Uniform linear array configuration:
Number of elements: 12
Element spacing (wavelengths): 0.25
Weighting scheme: cosine
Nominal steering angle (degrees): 45
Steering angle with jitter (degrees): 45.565
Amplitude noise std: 0.05
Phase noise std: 0.05

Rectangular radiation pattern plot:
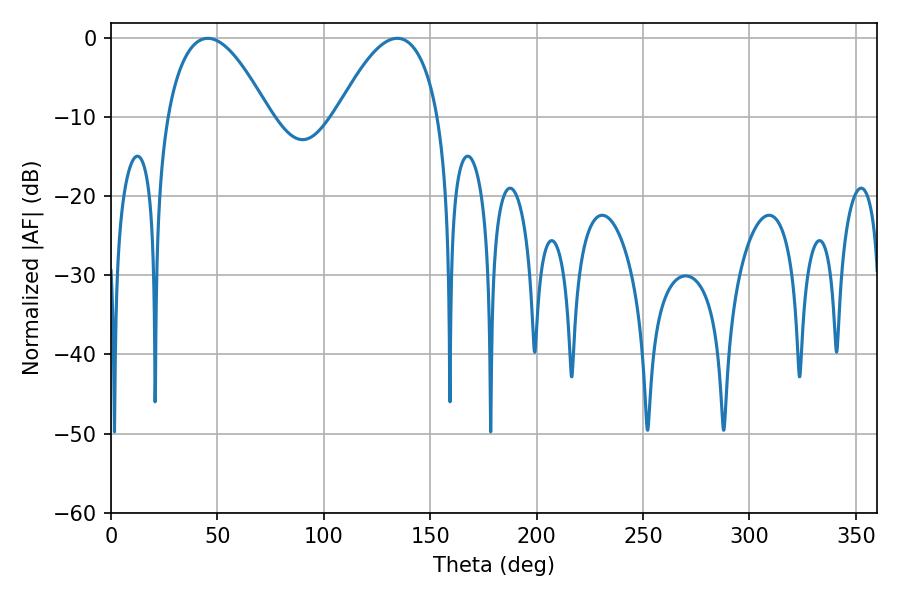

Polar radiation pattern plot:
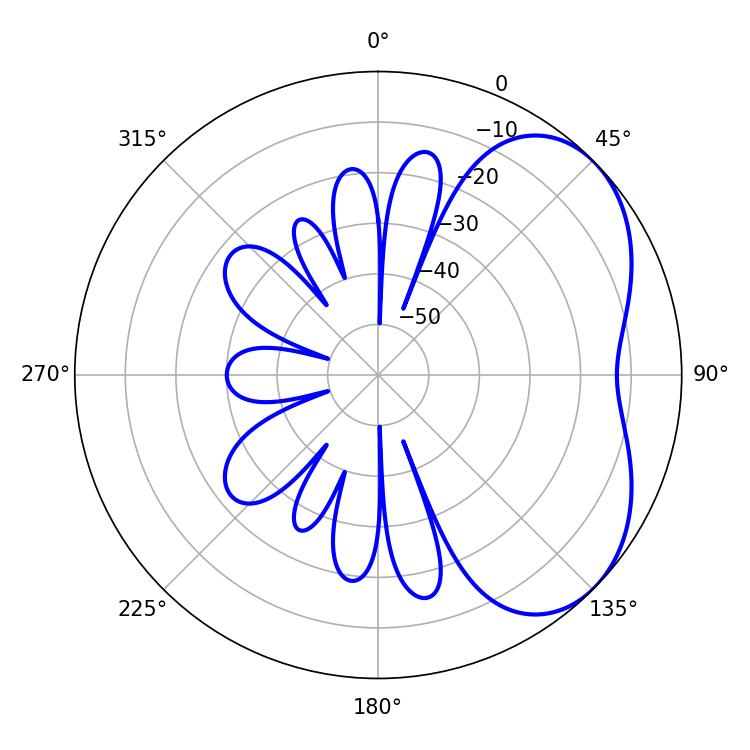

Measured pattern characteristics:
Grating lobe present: FALSE
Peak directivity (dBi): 4.283
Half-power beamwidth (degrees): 26.28
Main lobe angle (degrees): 45.54